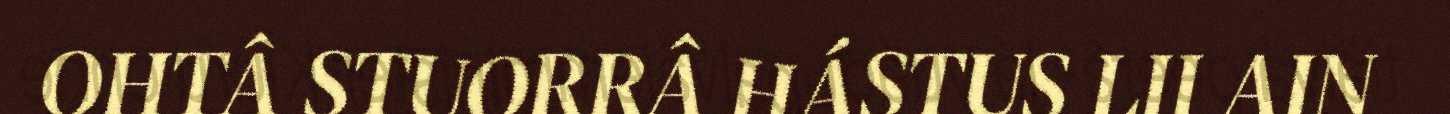
OHTÂ STUORRÂ HÁSTUS LII AIN